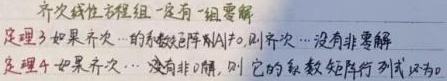
齐次线性方程组一定有一组零解.
定理3 如果齐次…的系数矩阵 \(A\) 满足 \(r(A) = n\)，则齐次…没有非零解.
定理4 如果齐次…没有非零解，则它的系数矩阵行列式 \(|A|\) 必为0.  （注：原图片有部分内容显示不全，这里按照能识别的部分完整表述）